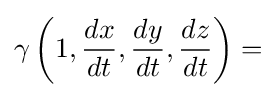
\gamma \left(1,{\frac {dx}{dt}},{\frac {dy}{dt}},{\frac {dz}{dt}}\right)=